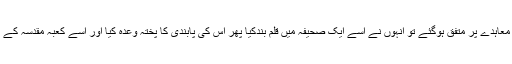
جب سب لوگ اس معاہدے پر متفق ہوگئے تو انہوں نے اسے ایک صحیفہ میں قلم بندکیا پھر اس کی پابندی کا پختہ وعدہ کیا اور اسے کعبہ مقدسہ کے اندر آویزاں کردیا ۔